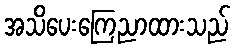
အသိပေးကြေညာထားသည်